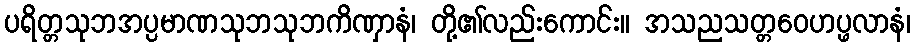
ပရိတ္တသုဘအပ္ပမာဏသုဘသုဘကိဏှာနံ၊ တို့၏လည်းကောင်း။ အသညသတ္တဝေဟပ္ဖလာနံ၊